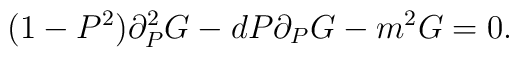
(1 - P^2) \partial_P^2 G - d P \partial_P G - m^2 G = 0.